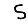
Digit: 5